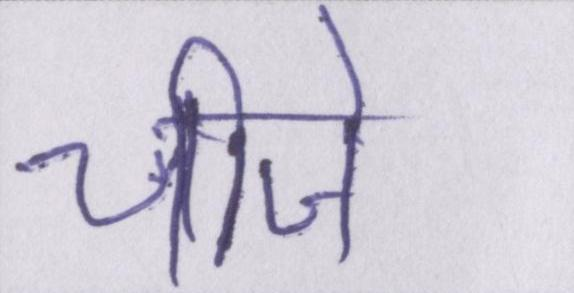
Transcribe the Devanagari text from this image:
चीजे